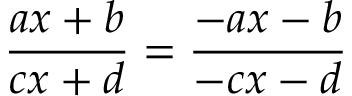
{ \frac { a x + b } { c x + d } } = { \frac { - a x - b } { - c x - d } }